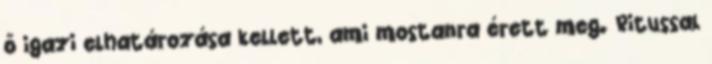
ő igazi elhatározása kellett, ami mostanra érett meg. Ritussal